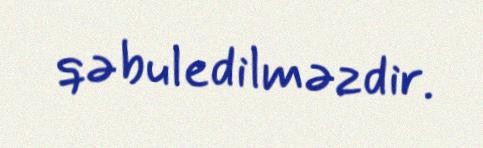
qəbuledilməzdir.